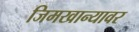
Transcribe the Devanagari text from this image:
जिमखान्यावर